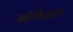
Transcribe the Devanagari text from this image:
ओकेज़न